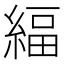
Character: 䋹